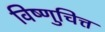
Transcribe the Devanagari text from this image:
विष्णुचित्त